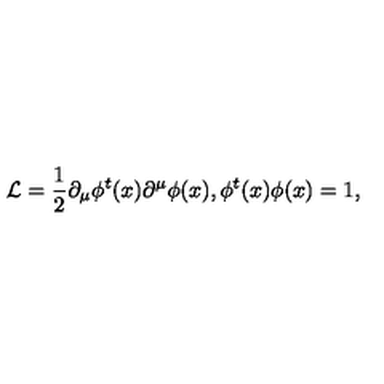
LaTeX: { \cal L } = \frac { 1 } { 2 } \partial _ { \mu } \phi ^ { t } ( x ) \partial ^ { \mu } \phi ( x ) , \phi ^ { t } ( x ) \phi ( x ) = 1 ,